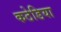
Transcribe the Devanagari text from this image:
कठेडिया